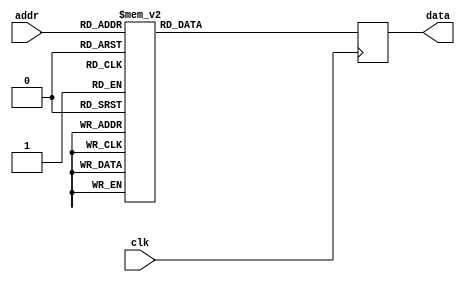
module rom_firbank_32_48(
    input wire clk,
    input wire [5:0] addr,
    output wire [23:0] data);
reg [23:0] data_ff;
assign data = data_ff;
always @(posedge clk) begin
    case(addr)
        0: data_ff <= 24'hF55B94; 
        1: data_ff <= 24'h0A4478; 
        2: data_ff <= 24'hFE1404; 
        3: data_ff <= 24'hFD27DD; 
        4: data_ff <= 24'h023120; 
        5: data_ff <= 24'h001A34; 
        6: data_ff <= 24'hFF135A; 
        7: data_ff <= 24'h0062C9; 
        8: data_ff <= 24'h0025B8; 
        9: data_ff <= 24'hFFD29C; 
        10: data_ff <= 24'h000730; 
        11: data_ff <= 24'h000771; 
        12: data_ff <= 24'hFFFC96; 
        13: data_ff <= 24'hFFFFED; 
        14: data_ff <= 24'h000039; 
        15: data_ff <= 24'hFFFFFD; 
        16: data_ff <= 24'h21AF3A; 
        17: data_ff <= 24'h02844A; 
        18: data_ff <= 24'hF9134D; 
        19: data_ff <= 24'h027000; 
        20: data_ff <= 24'h019209; 
        21: data_ff <= 24'hFE3718; 
        22: data_ff <= 24'h003947; 
        23: data_ff <= 24'h009481; 
        24: data_ff <= 24'hFFA9E0; 
        25: data_ff <= 24'hFFF4F8; 
        26: data_ff <= 24'h001C13; 
        27: data_ff <= 24'hFFF8B0; 
        28: data_ff <= 24'hFFFD09; 
        29: data_ff <= 24'h0001C5; 
        30: data_ff <= 24'hFFFFEB; 
        31: data_ff <= 24'hFFFFF8; 
        32: data_ff <= 24'h508A9C; 
        33: data_ff <= 24'hEFF89B; 
        34: data_ff <= 24'h008D60; 
        35: data_ff <= 24'h04948A; 
        36: data_ff <= 24'hFD8AD9; 
        37: data_ff <= 24'hFF5250; 
        38: data_ff <= 24'h0156D9; 
        39: data_ff <= 24'hFFA255; 
        40: data_ff <= 24'hFFAD9C; 
        41: data_ff <= 24'h004204; 
        42: data_ff <= 24'hFFFDA1; 
        43: data_ff <= 24'hFFF084; 
        44: data_ff <= 24'h000583; 
        45: data_ff <= 24'h0000DA; 
        46: data_ff <= 24'hFFFF43; 
        47: data_ff <= 24'h00000C; 
        default: data_ff <= 0;
    endcase
end
endmodule